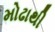
મોઢાથી